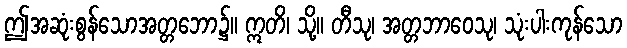
ဤအဆုံးစွန်သောအတ္တဘော၌။ ဣတိ၊ သို့။ တီသု၊ အတ္တဘာဝေသု၊ သုံးပါးကုန်သော